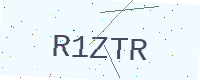
Text: R1ZTR